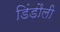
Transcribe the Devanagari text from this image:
डिंडौली